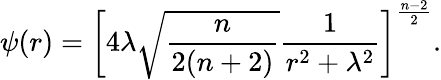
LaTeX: \psi(r)=\left[4\lambda\sqrt{{\frac{n}{2(n+2)}}}{\frac{1}{r^{2}+\lambda^{2}}}\right]^{\frac{n-2}{2}}.